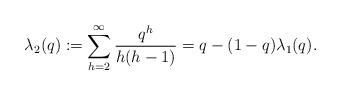
LaTeX: \begin{align*}\lambda_2(q) := \sum_{h=2}^\infty \frac{ q^{h} } { h ( h - 1) } = q - ( 1-q) \lambda_1(q).\end{align*}